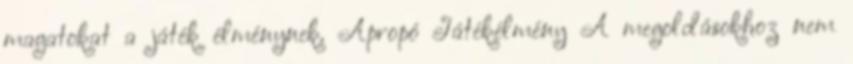
magatokat a játék élménynek. Apropó Játékélmény A megoldásokhoz nem